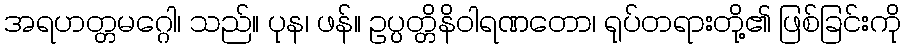
အရဟတ္တမဂ္ဂေါ၊ သည်။ ပုန၊ ဖန်။ ဥပ္ပတ္တိနိဝါရဏတော၊ ရုပ်တရားတို့၏ ဖြစ်ခြင်းကို